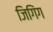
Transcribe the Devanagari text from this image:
जिगिंग